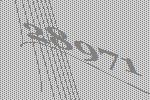
28971